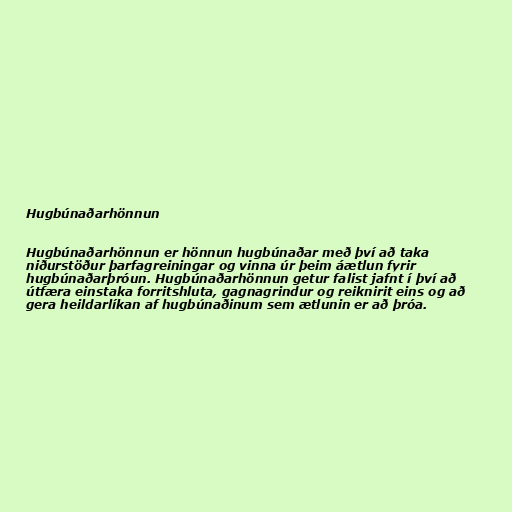
Hugbúnaðarhönnun

Hugbúnaðarhönnun er hönnun hugbúnaðar með því að taka
niðurstöður þarfagreiningar og vinna úr þeim áætlun fyrir
hugbúnaðarþróun. Hugbúnaðarhönnun getur falist jafnt í því að
útfæra einstaka forritshluta, gagnagrindur og reiknirit eins og að
gera heildarlíkan af hugbúnaðinum sem ætlunin er að þróa.